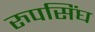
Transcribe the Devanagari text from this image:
रुपसिंघ